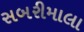
સબરીમાલા